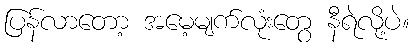
ပြန်လာတော့ အမေ့မျက်လုံးတွေ နီရဲလို့ပဲ။